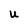
Character: U